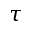
\tau